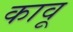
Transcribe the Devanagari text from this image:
कावू